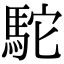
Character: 駝